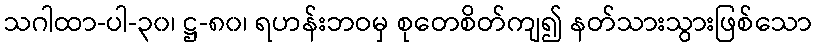
သဂါထာ-ပါ-၃၀၊ ဋ္ဌ-၈၀၊ ရဟန်းဘဝမှ စုတေစိတ်ကျ၍ နတ်သားသွားဖြစ်သော